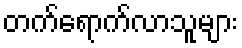
တက်ရောက်လာသူများ